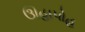
ઊહાપોહ